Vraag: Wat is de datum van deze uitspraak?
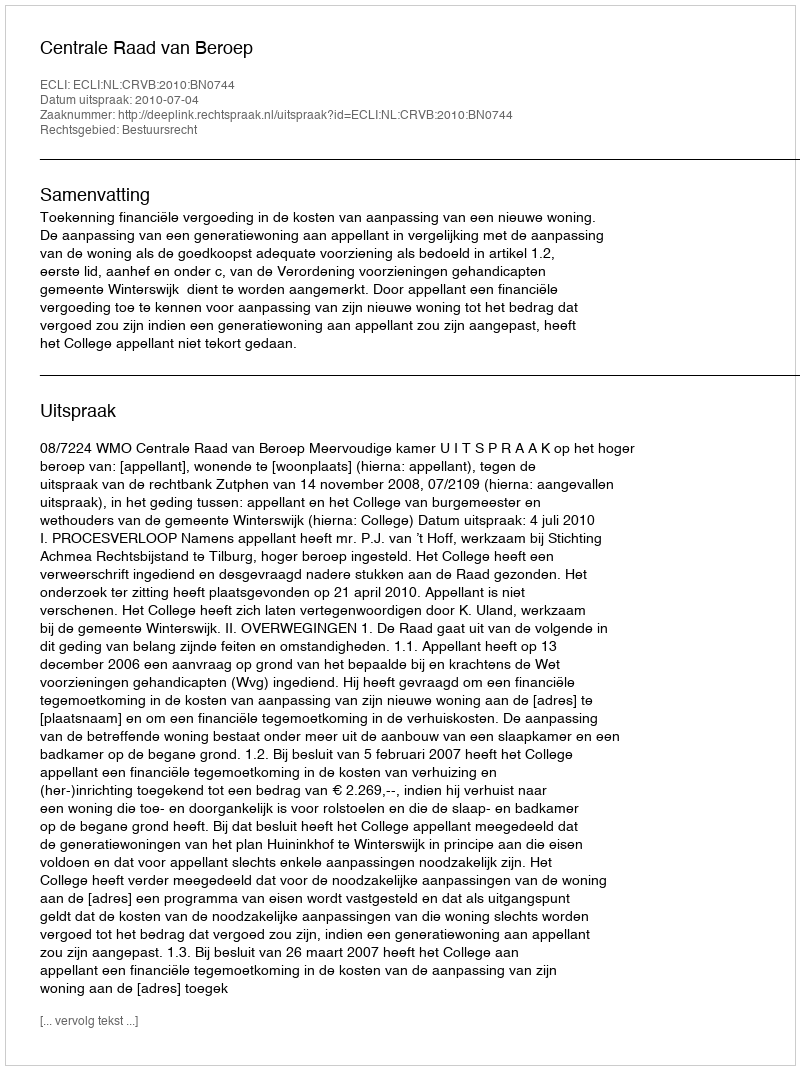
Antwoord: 2010-07-04